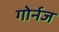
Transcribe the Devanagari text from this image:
गोर्नज